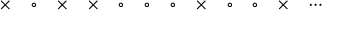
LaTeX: \times \quad \circ \quad \times \quad \times \quad \circ \quad \circ \quad \circ \quad \times \quad \circ \quad \circ \quad \times \quad \cdots